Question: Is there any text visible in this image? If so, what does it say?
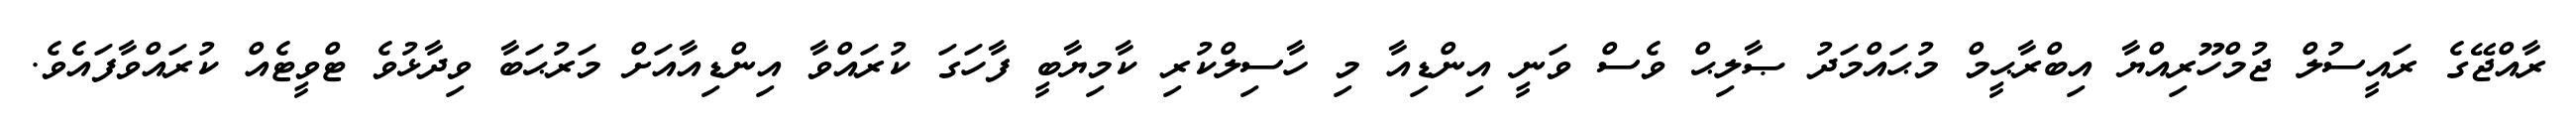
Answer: ރާއްޖޭގެ ރައީސުލް ޖުމްހޫރިއްޔާ އިބްރާޙީމް މުޙައްމަދު ޞާލިޙް ވެސް ވަނީ އިންޑިއާ މި ހާސިލްކުރި ކާމިޔާބީ ފާހަގަ ކުރައްވާ އިންޑިއާއަށް މަރުޙަބާ ވިދާޅުވެ ޓްވީޓެއް ކުރައްވާފައެވެ.